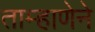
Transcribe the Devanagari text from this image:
ताम्हाणेने